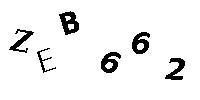
ZEB662